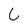
Character: C